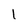
Character: l